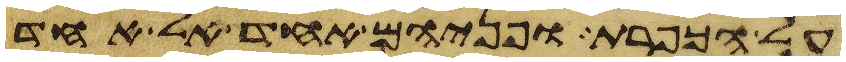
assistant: על הכפרת ופניהם אחד אל אחד